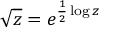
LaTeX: { \sqrt { z } } = e ^ { { \frac { 1 } { 2 } } \log z }